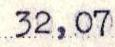
32,07